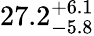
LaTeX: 27.2_{-5.8}^{+6.1}